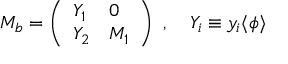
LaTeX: M _ { b } = \left( \begin{array} { l l } { { Y _ { 1 } } } & { { 0 } } \\ { { Y _ { 2 } } } & { { M _ { 1 } } } \end{array} \right) \ , \quad Y _ { i } \equiv y _ { i } \langle \phi \rangle